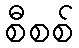
စီစစ်